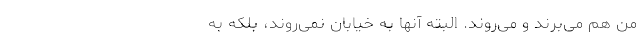
من هم می‌بُرند و می‌روند. البته آنها به خیابان نمی‌روند، بلکه به